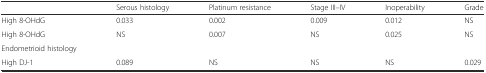
|  | Serous histology | Platinum resistance | Stage III–IV | Inoperability | Grade |
 | --- | --- | --- | --- | --- | --- |
 | High 8-OHdG | 0.033 | 0.002 | 0.009 | 0.012 | NS |
 | High 8-OHdG | NS | 0.007 | NS | 0.025 | NS |
 | Endometrioid histology |  |  |  |  |  |
 | High DJ-1 | 0.089 | NS | NS | NS | 0.029 |